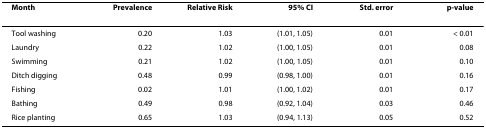
| Month | Prevalence | Relative Risk | 95% CI | Std. error | p-value |
 | --- | --- | --- | --- | --- | --- |
 | Tool washing | 0.20 | 1.03 | (1.01, 1.05) | 0.01 | < 0.01 |
 | Laundry | 0.22 | 1.02 | (1.00, 1.05) | 0.01 | 0.08 |
 | Swimming | 0.21 | 1.02 | (1.00, 1.05) | 0.01 | 0.10 |
 | Ditch digging | 0.48 | 0.99 | (0.98, 1.00) | 0.01 | 0.16 |
 | Fishing | 0.02 | 1.01 | (1.00, 1.02) | 0.01 | 0.17 |
 | Bathing | 0.49 | 0.98 | (0.92, 1.04) | 0.03 | 0.46 |
 | Rice planting | 0.65 | 1.03 | (0.94, 1.13) | 0.05 | 0.52 |